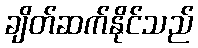
ချိတ်ဆက်နိုင်သည်